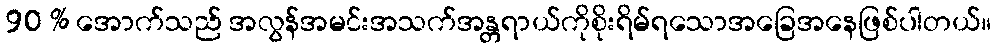
90 % အောက်သည် အလွန်အမင်းအသက်အန္တရာယ်ကိုစိုးရိမ်ရသောအခြေအနေဖြစ်ပါတယ်။